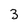
Character: 3